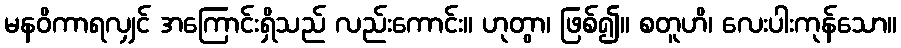
မနဝိကာရလျှင် အကြောင်းရှိသည် လည်းကောင်း။ ဟုတွာ၊ ဖြစ်၍။ စတူဟိ၊ လေးပါးကုန်သော။